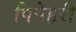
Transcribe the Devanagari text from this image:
पिपेहरी